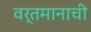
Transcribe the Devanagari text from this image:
वर्तमानाची